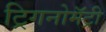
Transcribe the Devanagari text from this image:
ट्रिगनोमॅट्री